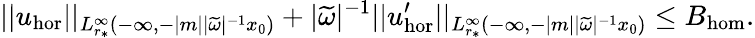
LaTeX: ||u_{\mathrm{hor}}||_{L_{r_{*}}^{\infty}(-\infty,-|m||\widetilde{\omega}|^{-1}x_{0})}+|\widetilde{\omega}|^{-1}||u_{\mathrm{hor}}^{\prime}||_{L_{r_{*}}^{\infty}(-\infty,-|m||\widetilde{\omega}|^{-1}x_{0})}\leq B_{\mathrm{hom}}.